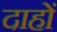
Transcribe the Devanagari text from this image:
दाहों